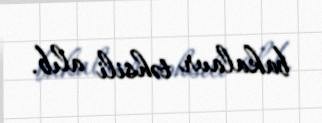
bakalavr təhsili alıb.